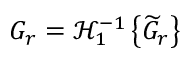
G _ { r } = \mathcal { H } _ { 1 } ^ { - 1 } \left\{ \widetilde { G } _ { r } \right\}